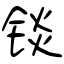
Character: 锬